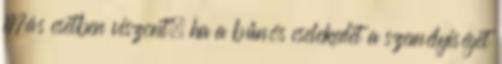
Más esetben viszont, ha a bűnös cselekedet a személyiséget